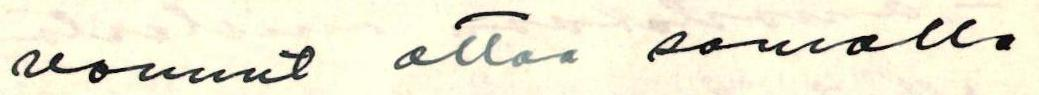
vannut ottaa samalla